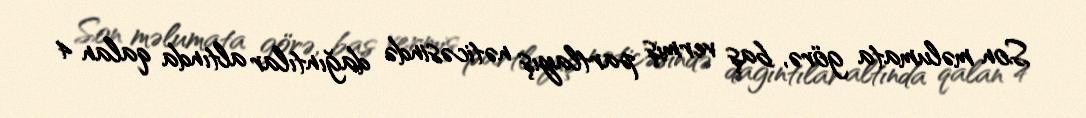
Son məlumata görə, baş vermiş partlayış nəticəsində dağıntılar altında qalan 4